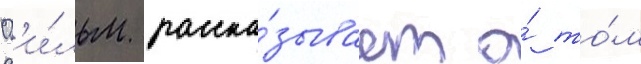
Ф'и́льм расска́зывает о́ то́м